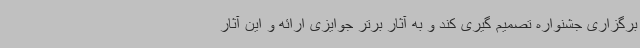
برگزاری جشنواره تصمیم گیری کند و به آثار برتر جوایزی ارائه و این آثار